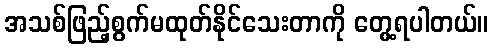
အသစ်ဖြည့်စွက်မထုတ်နိုင်သေးတာကို တွေ့ရပါတယ်။